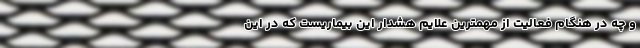
و چه در هنگام فعالیت از مهمترین علایم هشدار این بیماریست که در این